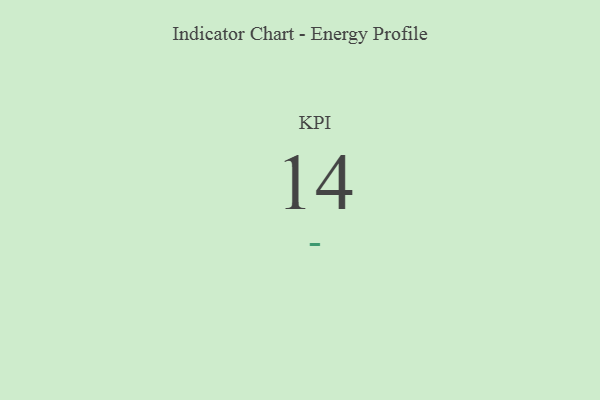
{"axis": {"x": "KPI", "y": "Value"}, "legend": [""], "data": [{"x": "KPI", "y": 14, "type": ""}]}